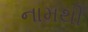
નામથી